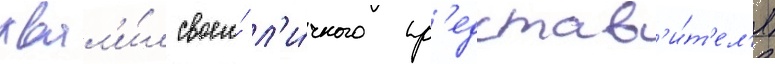
хвал'и́л своего́ л'и́чного пр'едстав'и́т'ел'я